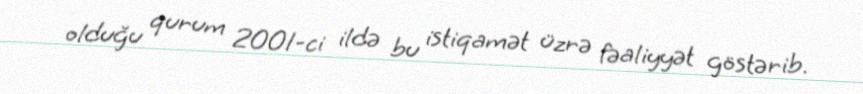
olduğu qurum 2001-ci ildə bu istiqamət üzrə fəaliyyət göstərib.